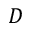
D